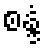
စန္ဒံ